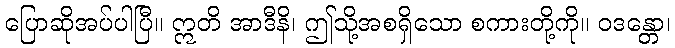
ပြောဆိုအပ်ပါပြီ။ ဣတိ အာဒီနိ၊ ဤသို့အစရှိသော စကားတို့ကို။ ဝဒန္တော၊